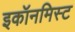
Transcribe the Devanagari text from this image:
इकॉनमिस्ट